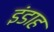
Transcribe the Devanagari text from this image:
इंडाह